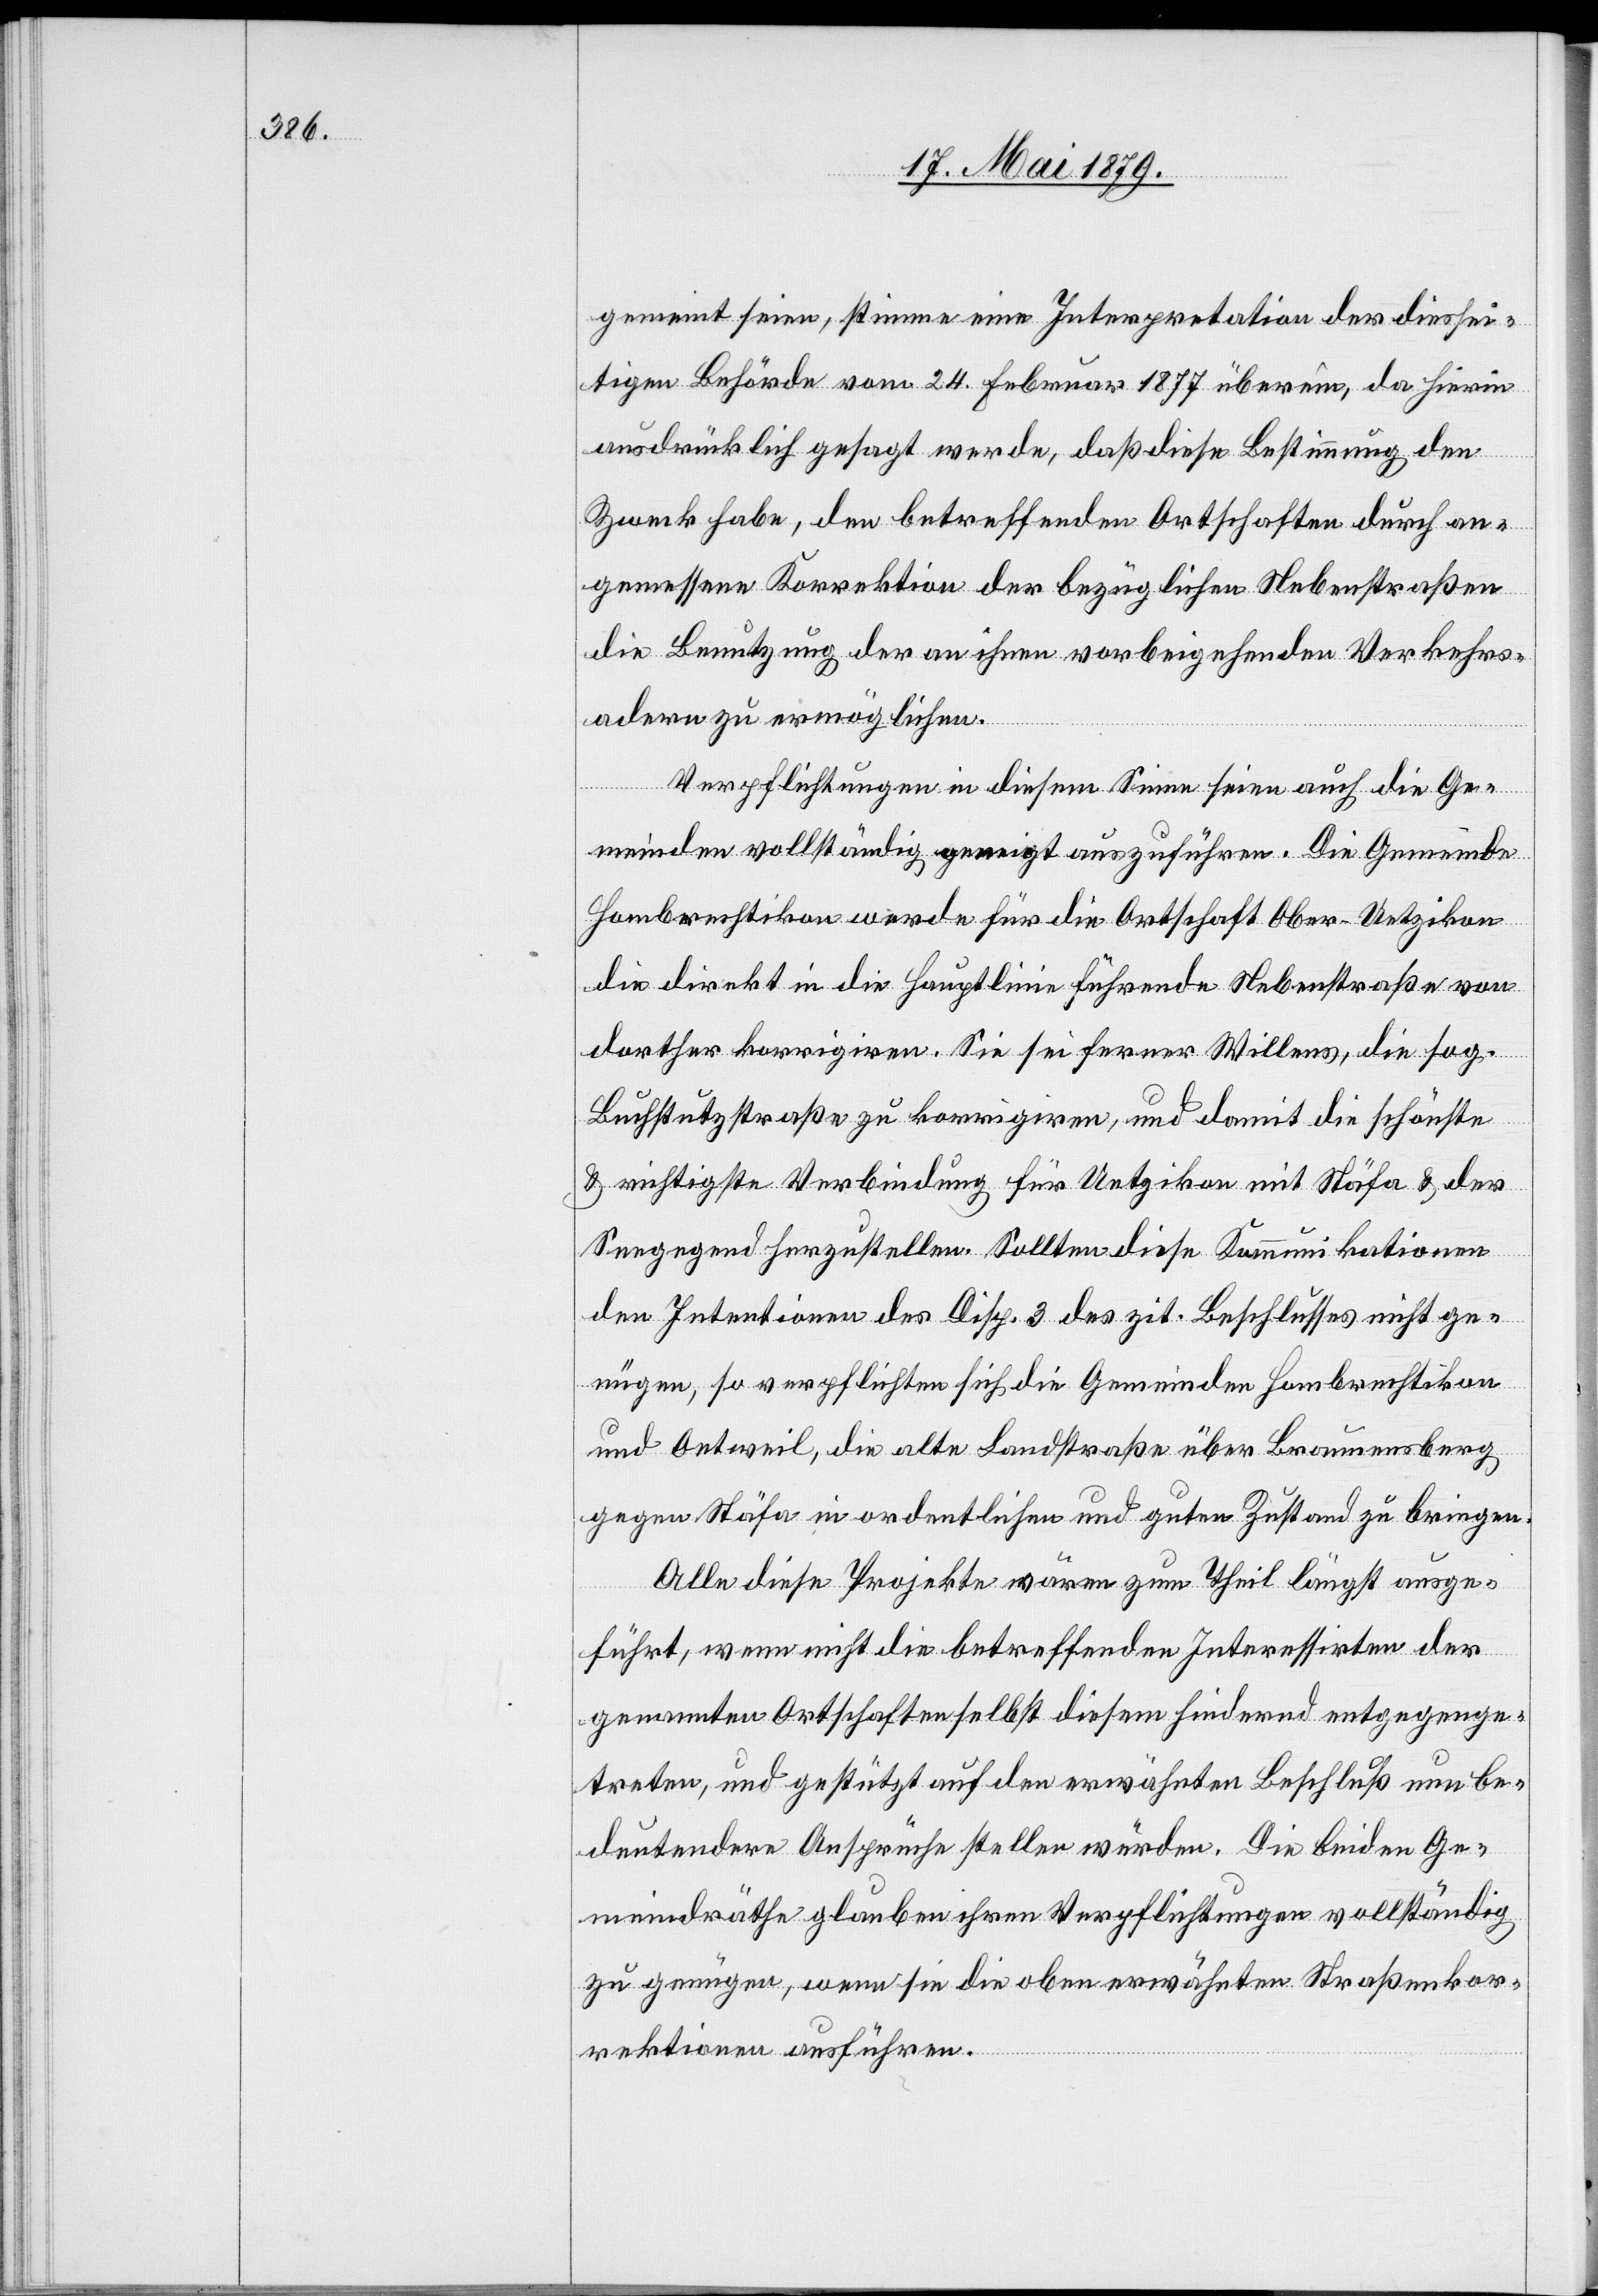
gemeint seien, stimme eine Interpretation der diessei¬
tigen Behörde vom 24. Februar 1877 überein, da hierin
ausdrücklich gesagt werde, daß diese Bestimmung den
Zweck habe, den betreffenden Ortschaften durch an¬
gemessene Korrektion der bezüglichen Nebenstraßen
die Benutzung der an ihnen vorbeigehenden Verkehrs¬
adern zu ermöglichen.
Verpflichtungen in diesem Sinne seien auch die Ge¬
meinden vollständig geneigt auszuführen. Die Gemeinde
Hombrechtikon werde für die Ortschaft Ober-Uetzikon
die direkt in die Hauptlinie führende Nebenstraße von
dorther korrigiren. Sie sei ferner Willens, die sog.
Buchstutzstraße zu korrigiren, und damit die schönste
& richtigste Verbindung für Uetzikon mit Stäfa & der
Seegegend herzustellen. Sollten diese Kommunikationen
den Intentionen des Disp. 3 des zit. Beschlusses nicht ge¬
nügen, so verpflichten sich die Gemeinden Hombrechtikon
und Oetweil, die alte Landstraße über Braunensberg
gegen Stäfa in ordentlichen und guten Zustand zu bringen.
Alle diese Projekte wären zum Theil längst ausge¬
führt, wenn nicht die betreffenden Interessirten der
genannten Ortschaften selbst diesem hindernd entgegenge¬
treten, und gestützt auf den erwähnten Beschluß neu be¬
deutendere Ansprüche stellen würden. Die beiden Ge¬
meindräthe glauben ihren Verpflichtungen vollständig
zu genügen, wenn sie die oben erwähnten Straßenkor¬
rektionen ausführen.